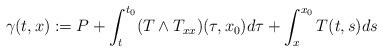
LaTeX: \begin{align*}\gamma(t,x) := P+\int_{t}^{t_{0}}(T\wedge T_{xx})(\tau, x_{0})d\tau+\int_{x}^{x_{0}}T(t,s)ds\end{align*}